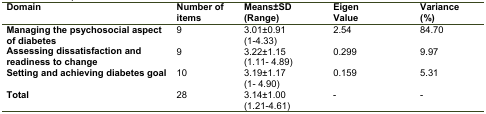
<table><thead><tr><td><b>Domain</b></td><td><b>Number of items</b></td><td><b>Means±SD(Range)</b></td><td><b>EigenValue</b></td><td><b>Variance  (%)</b></td></tr></thead><tbody><tr><td><b>Managing the psychosocial aspect of diabetes </b></td><td>9</td><td>3.01±0.91 (1-4.33)</td><td>2.54</td><td>84.70</td></tr><tr><td><b>Assessing dissatisfaction and </b><b>readiness to change </b></td><td>9</td><td>3.22±1.15 (1.11- 4.89)</td><td>0.299</td><td>9.97</td></tr><tr><td><b>Setting and achieving diabetes goal </b></td><td>10</td><td>3.19±1.17 (1-4.90)</td><td>0.159</td><td>5.31</td></tr><tr><td><b>Total</b></td><td>28</td><td>3.14±1.00 (1.21-4.61)</td><td>-</td><td>-</td></tr></tbody></table>